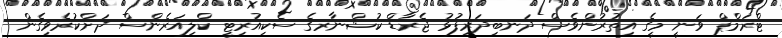
ޓްރަމްޕް ވަނީ މީގެ އިތުރުންވެސް ދަނބިދަރިފުޅު ޖެރާޑް ކުޝްނާރގެ ސެކިއުރިޓީ ކްލިއަރެންސް ދަށްކުރެވިގެން